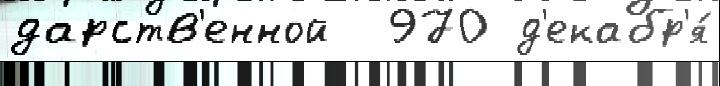
дарств'енной  970 д'екабр'я́